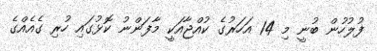
ފުލުހުން ބުނީ މި 14 އަހަރުގެ ކުއްޖާއަކީ މާފަންނު ކޮޅުގައި ހުރި ގެއެއްގެ